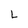
Character: L